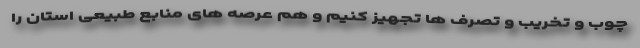
چوب و تخریب و تصرف ها تجهیز کنیم و هم عرصه های منابع طبیعی استان را